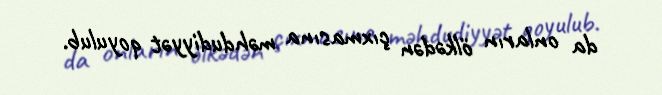
da onların ölkədən çıxmasına məhdudiyyət qoyulub.